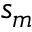
s _ { m }